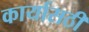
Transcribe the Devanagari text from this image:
कार्यासठी